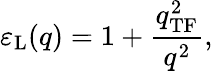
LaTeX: \varepsilon_{\mathrm{L}}(q)=1+\frac{q_{\mathrm{TF}}^{2}}{q^{2}},